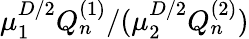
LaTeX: \mu_{1}^{D/2}Q_{n}^{(1)}/(\mu_{2}^{D/2}Q_{n}^{(2)})